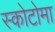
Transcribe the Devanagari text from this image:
स्कोटोमा